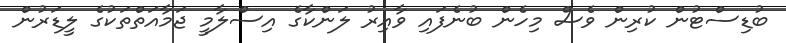
ބުޑިސްޓުން ކުރިން ވެސް މިހެން ބުނެފައި ވާއިރު ލަންކާގެ އިސްލާމީ ޖަމާއަތްތަކުގެ ލީޑަރުން